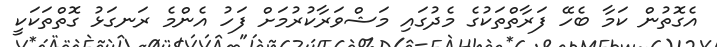
އެގޮތުން ކަމާ ބެހޭ ފަރާތްތަކުގެ މެދުގައި މަޝްވަރާކުރުމަށް ފަހު އެންމެ ރަނގަޅު ގޮތްތަކަކީ